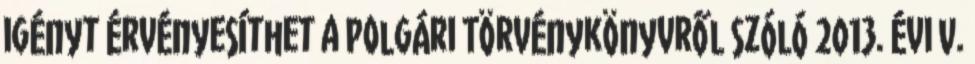
igényt érvényesíthet a Polgári Törvénykönyvről szóló 2013. évi V.